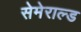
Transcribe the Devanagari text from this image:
सेमेराल्ड